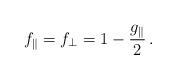
LaTeX: \begin{align*} f_{\parallel}=f_{\perp}=1-\frac{g_{\parallel}}{2}\, .\end{align*}